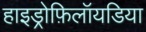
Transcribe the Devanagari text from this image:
हाइड्रोफ़िलॉयडिया